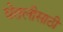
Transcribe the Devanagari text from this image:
घेतलीसाठी